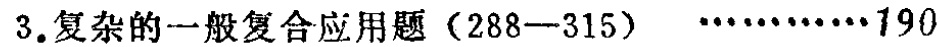
3.复杂的一般复合应用题（288—315）\(\cdots\cdots\cdots\cdots190\)